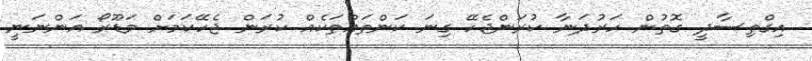
އިގްތިސާދީ ގޮތުން ހަރުދަނާ ކުރަންޖެހޭ ގިނަ ކަންތައްތަކެއް ކުރަން ޖެހޭކަމަށް މަޑޫރޯ އަންނަނީ